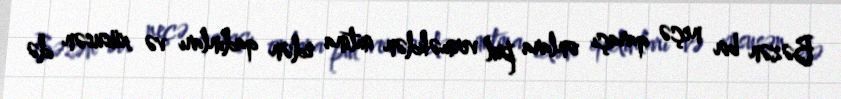
Bəzən bir neçə qaraçı onlara pul verməkdən imtina edən qadınları və xüsusən də